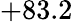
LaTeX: +83.2